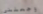
وجعلني